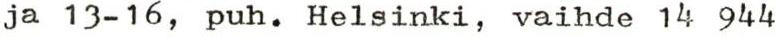
ja 13-16, puh. Helsinki, vaihde 14 944